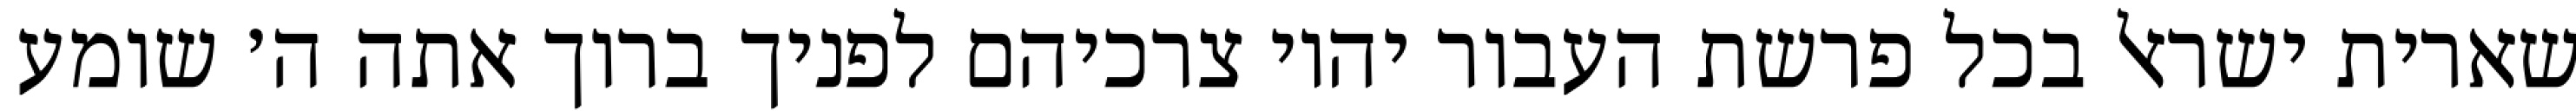
שארית ישראל בכל פרשת העבור יהיו צרכיהם לפניך ברוך אתה ה׳ שומע